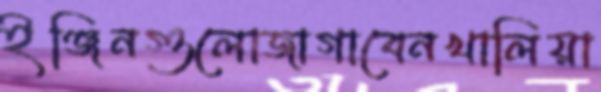
ইঞ্জিনগুলোজাগাবেনখালিয়া